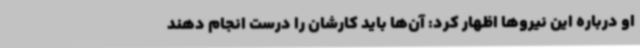
او درباره این نیروها اظهار کرد: آن‌ها باید کارشان را درست انجام دهند